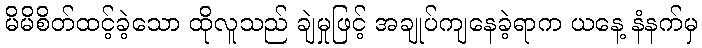
မိမိစိတ်ထင့်ခဲ့သော ထိုလူသည် ချဲမှုဖြင့် အချုပ်ကျနေခဲ့ရာက ယနေ့ နံနက်မှ